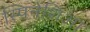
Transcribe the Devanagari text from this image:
स्पिनेशिआ